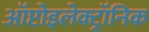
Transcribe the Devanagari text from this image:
ऑप्टोइलेक्ट्रॉनिक